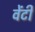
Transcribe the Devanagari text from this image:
वेंटी